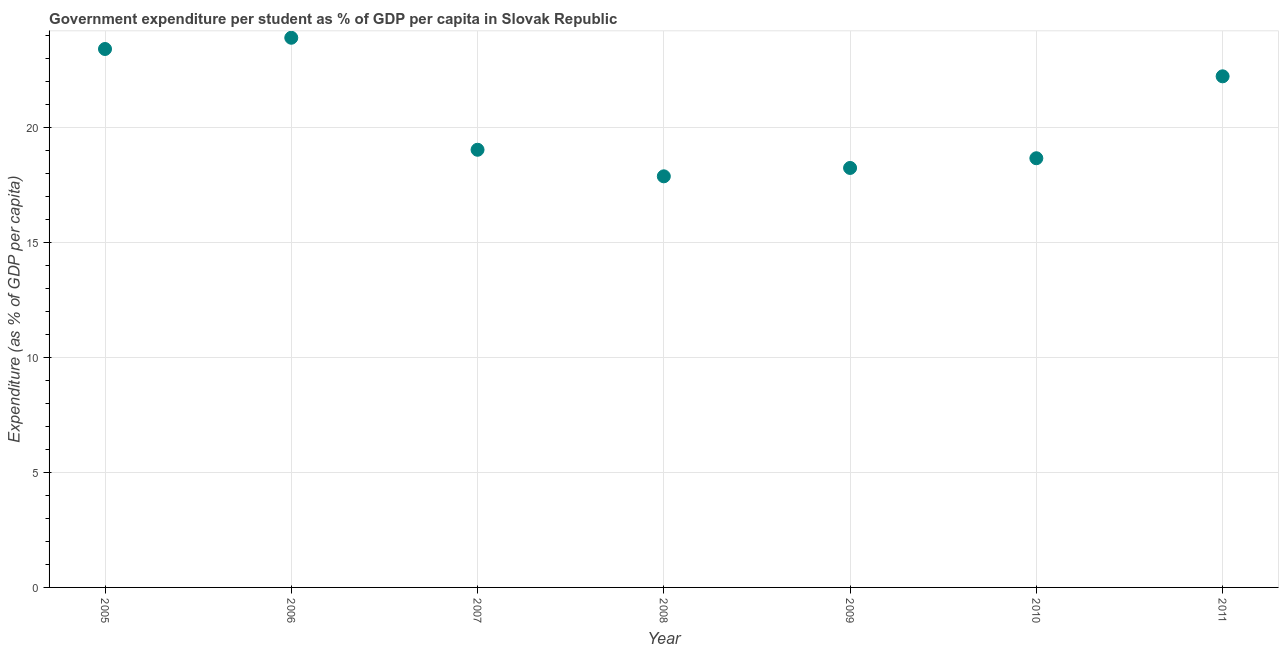
| Year | Government expenditure per tertiary student |
 | --- | --- |
 | 2005 | 23.4 |
 | 2006 | 23.9 |
 | 2007 | 19 |
 | 2008 | 17.9 |
 | 2009 | 18.3 |
 | 2010 | 18.7 |
 | 2011 | 22.2 |